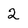
Character: 2